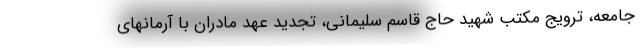
جامعه، ترویج مکتب شهید حاج قاسم سلیمانی، تجدید عهد مادران با آرمانهای